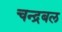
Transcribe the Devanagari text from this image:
चन्द्रबल